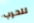
للحرب